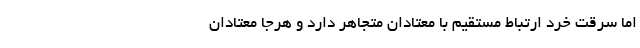
اما سرقت خرد ارتباط مستقیم با معتادان متجاهر دارد و هرجا معتادان